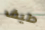
طيف